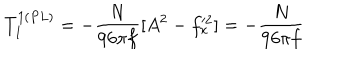
T _ { 1 } ^ { 1 ( P L ) } = - \frac { N } { 9 6 \pi f } [ A ^ { 2 } - f _ { x } ^ { \prime 2 } ] = - \frac { N } { 9 6 \pi f }